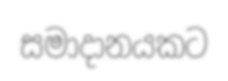
සමාදානයකට